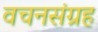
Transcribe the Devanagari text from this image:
वचनसंग्रह